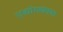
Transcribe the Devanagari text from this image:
उद्योगधंधात